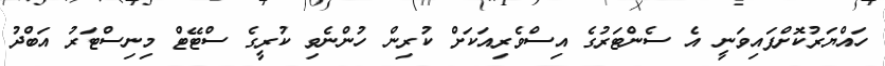
ހައްޔަރުކޮށްފައިވަނީ އެ ސެންޓަރުގެ އިސްވެރިއަކަށް ކުރިން ހުންނެވި ކުރީގެ ސްޓޭޓް މިނިސްޓަރު އަބްދު